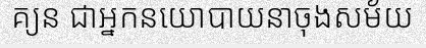
គ្យន ជាអ្នកនយោបាយនាចុងសម័យ